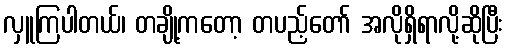
လှူကြပါတယ်၊ တချို့ကတော့ တပည့်တော် အလိုရှိရာလို့ဆိုပြီး